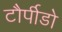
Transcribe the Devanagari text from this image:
टौर्पीडो